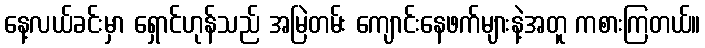
နေ့လယ်ခင်းမှာ ရှောင်ဟုန်သည် အမြဲတမ်း ကျောင်းနေဖက်များနဲ့အတူ ကစားကြတယ်။